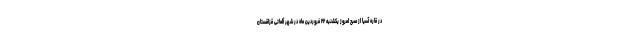
در قاره آسیا از صبح امروز یکشنبه ۲۲ فروردین ماه در شهر آلماتی قزاقستان